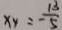
x _ { 4 } = \frac { 1 3 } { - 5 }